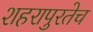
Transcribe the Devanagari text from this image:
शहरापुरतेच